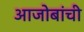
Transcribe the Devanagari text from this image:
आजोबांची